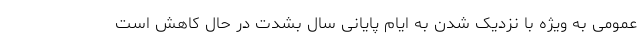
عمومی به ویژه با نزدیک شدن به ایام پایانی سال بشدت در حال کاهش است